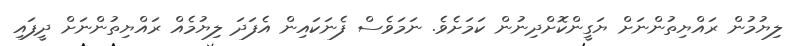
ލިޔުމުން ރައްޔިތުންނަށް ޔަގީންކޮށްދިނުން ކަމަށެވެ. ނަމަވެސް ފެނަކައިން އެފަދަ ލިޔުމެއް ރައްޔިތުންނަށް ދީފައި